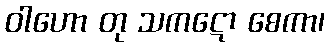
ဝါဟော တု သကဋော စေကာ၊